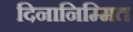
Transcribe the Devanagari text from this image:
दिनानिम्मित